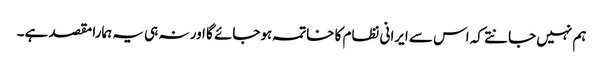
ہم نہیں جانتے کہ اس سے ایرانی نظام کا خاتمہ ہوجائے گا اور نہ ہی یہ ہمارا مقصد ہے۔